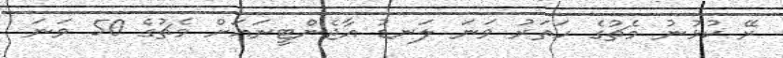
ރޭ ކުޅުނު މެޗުގެ ހަތަރު ވަނަ ލަނޑު އާޖެންޓީނައަށް މެޗުގެ 50 ވަނަ